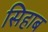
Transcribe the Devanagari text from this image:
सिहाब